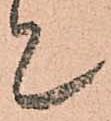
て